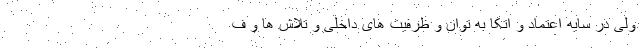
ولی در سایه اعتماد و اتکا به توان و ظرفیت های داخلی و تلاش ها و ف